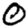
Digit: 0